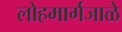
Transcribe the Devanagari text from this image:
लोहमार्गजाळे